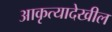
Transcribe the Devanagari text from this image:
आकृत्यादेखील